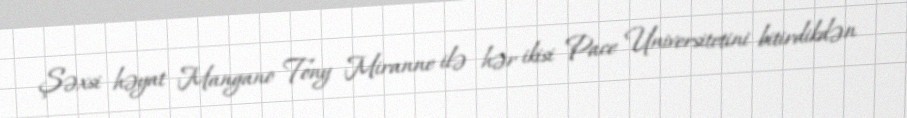
Şəxsi həyat Mangano Tony Miranne ilə hər ikisi Pace Universitetini bitirdikdən